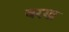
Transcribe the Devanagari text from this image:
वरख